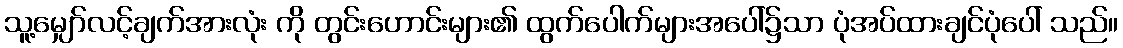
သူ့မျှော်လင့်ချက်အားလုံး ကို တွင်းဟောင်းများ၏ ထွက်ပေါက်များအပေါ်၌သာ ပုံအပ်ထားချင်ပုံပေါ် သည်။